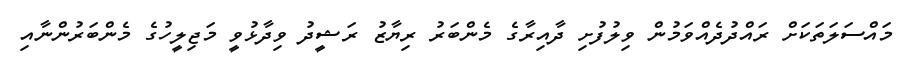
މައްސަލަތަކަށް ރައްދުދެއްވަމުން ވިލުފުށި ދާއިރާގެ މެންބަރު ރިޔާޒު ރަޝީދު ވިދާޅުވީ މަޖިލީހުގެ މެންބަރުންނާއި